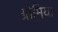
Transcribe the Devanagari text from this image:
ग्रोमिया